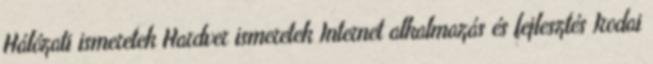
Hálózati ismeretek Hardver ismeretek Internet alkalmazás és fejlesztés Irodai